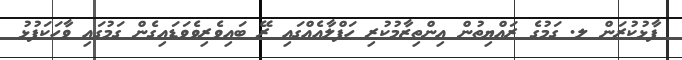
ފާޅުކުރަން ލ. ގަމުގެ ރައްޔިތުން އިންތިޒާމުކުރި ހަފްލާއެއްގައި ރޭ ބައިވެރިވެވަޑައިގެން ގަމުގައި ވާހަކަފުޅު